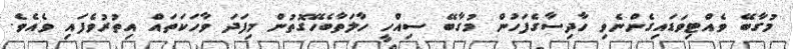
މުގާބޭ ވެއްޓިވަޑައިގެންނެވި ހާދިސާގެފަހުން މުގާބޭ ސިއްހީ ހާލަތާބެހޭގޮތުން މިފަދަ ވާހަކަތައް އިތުރުވެފައި ވެއެވެ.